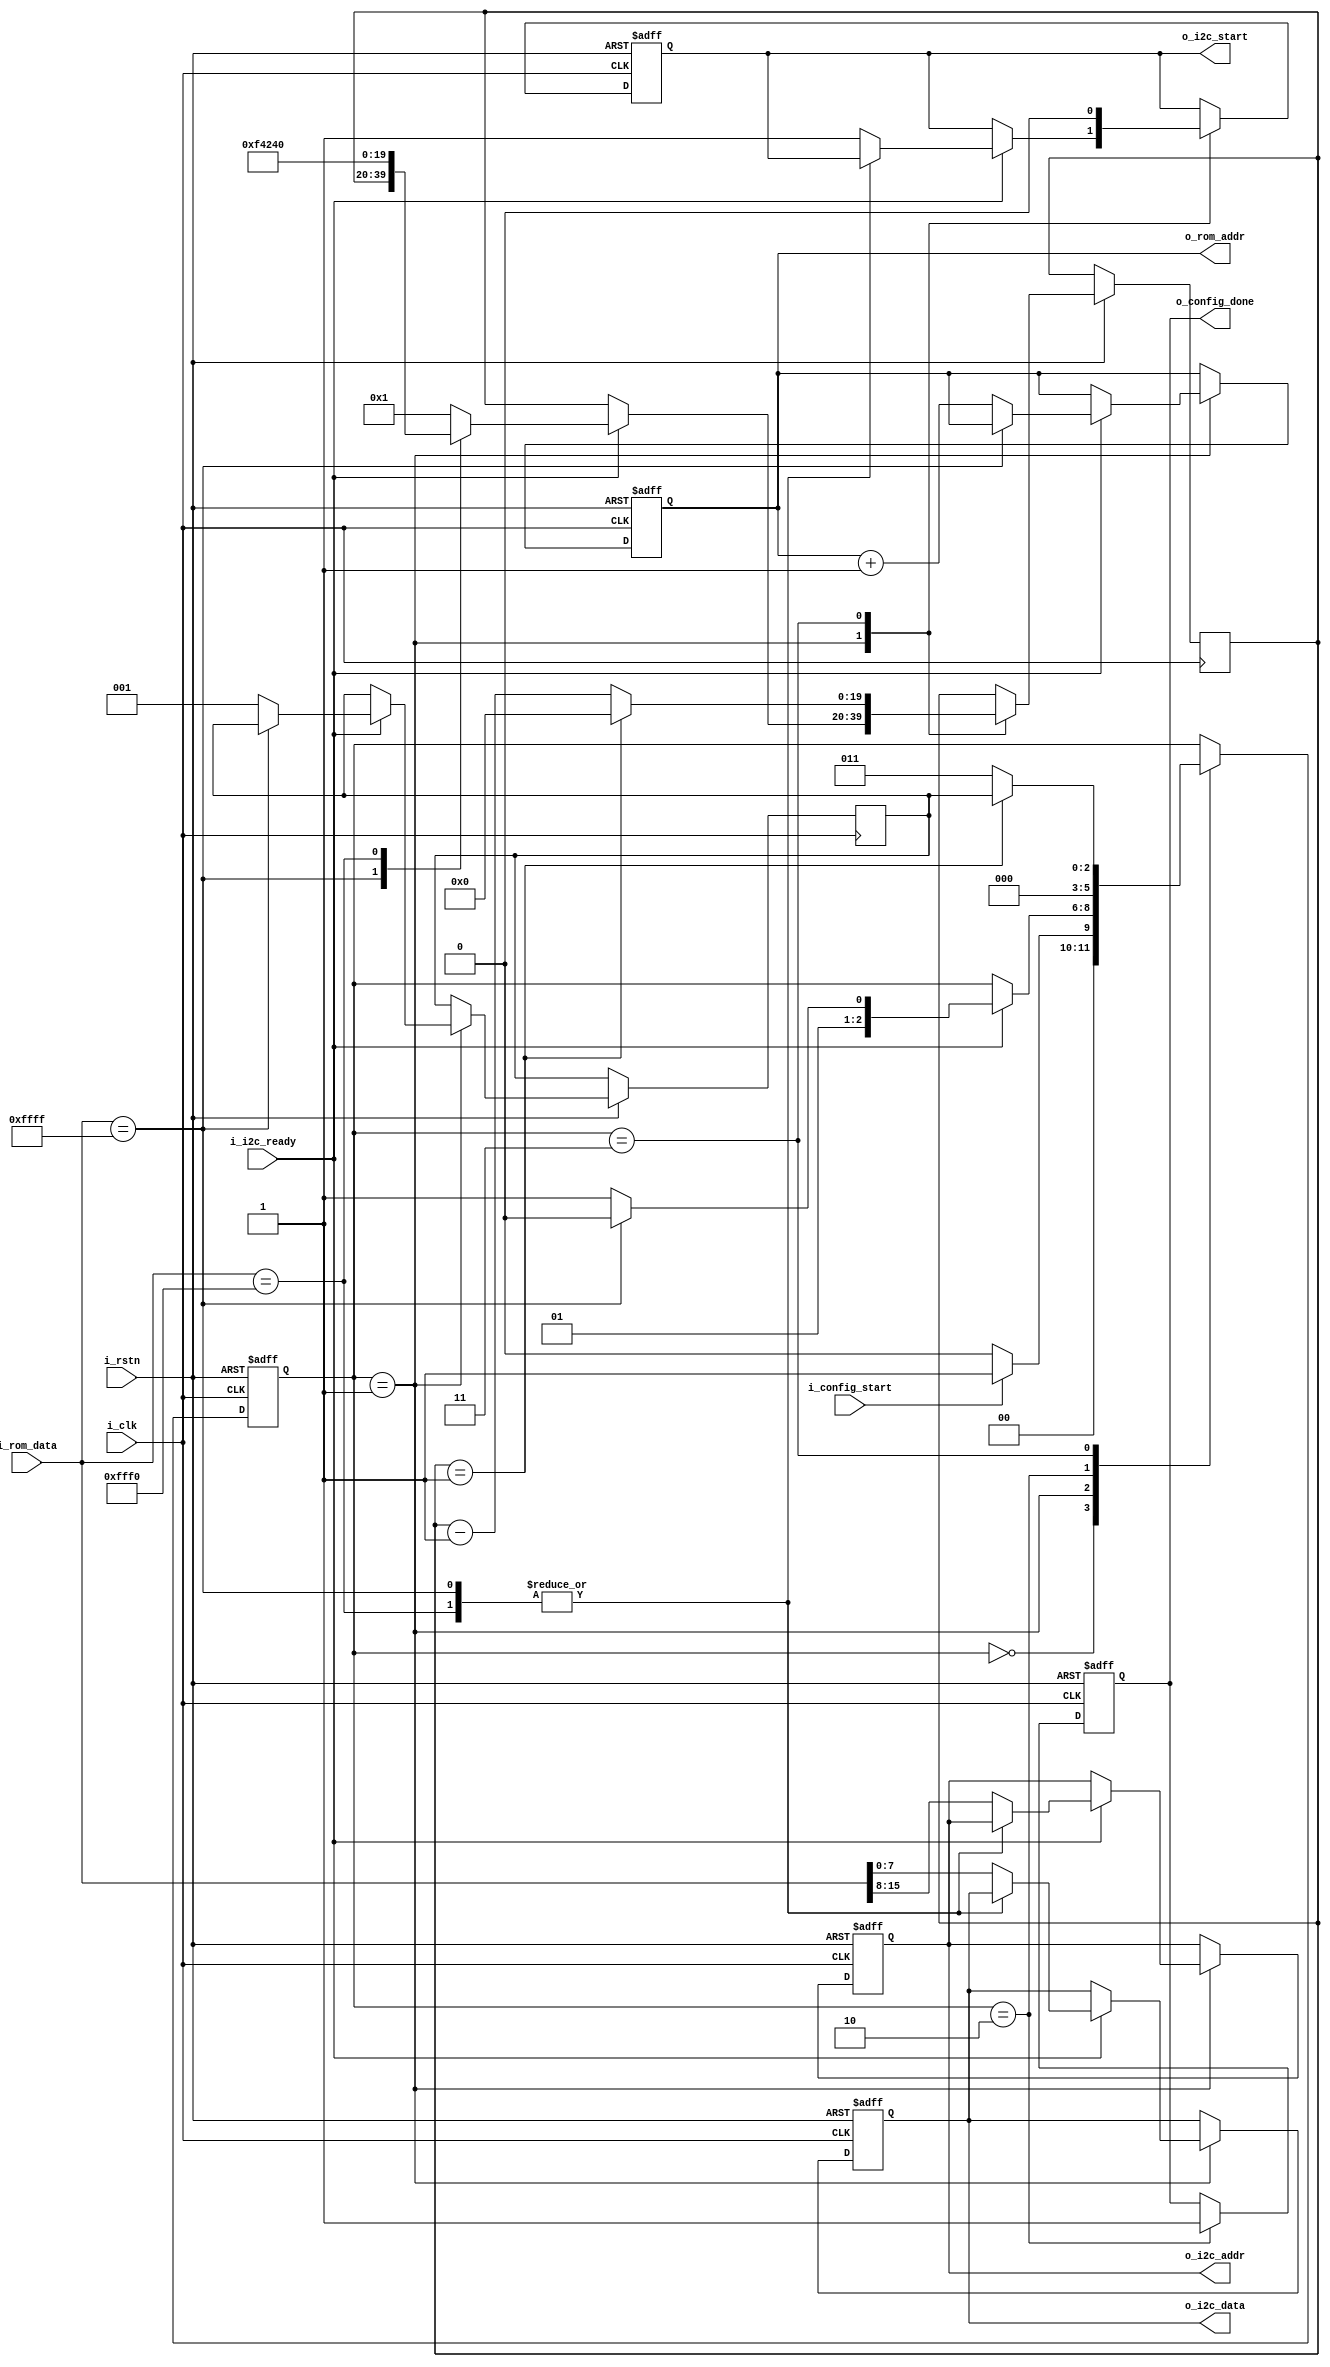
`timescale 1ns / 1ps
`default_nettype none

/*
 *  Begins sending cam rom to sccb_master after
 *  i_config_start button is asserted and sccb_master is ready (first state)
 *
 *  creates a delay using a timer, which is used after sending data to  
 *  reset sccb registers
 *  
 *  signal a cam initalization done signal for modules downstream
 *
 */

module cam_config
#(parameter CLK_F = 100_000_000)
    (   input wire          i_clk,
        input wire          i_rstn,
        input wire          i_i2c_ready,
        input wire          i_config_start,
        input wire [15:0]   i_rom_data, 
        output reg [7:0]    o_rom_addr,
        output reg          o_i2c_start, 
        output reg [7:0]    o_i2c_addr,
        output reg [7:0]    o_i2c_data,
        output reg          o_config_done
    );
    
    localparam ten_ms_delay  = (CLK_F * 10) / 1000;
    localparam timer_size    =  $clog2(ten_ms_delay);
    reg [timer_size - 1: 0] timer;
    
    localparam SM_IDLE  = 0;
    localparam SM_SEND  = 1;
    localparam SM_DONE  = 2;
    localparam SM_TIMER = 3;

    reg [2:0] SM_state;
    reg [2:0] SM_return_state;
    reg [1:0] byte_index; 
    
    always @(posedge i_clk or negedge i_rstn)
        begin
            if(!i_rstn) begin
                    o_config_done <= 0;
                    byte_index    <= 0; 
                    o_rom_addr    <= 0;
                    o_i2c_addr    <= 0; 
                    o_i2c_start   <= 0;
                    o_i2c_data    <= 0; 
                    SM_state      <= SM_IDLE;
                end
            else begin
                case(SM_state)
                    SM_IDLE: 
                        begin
                            SM_state <= (i_config_start) ? SM_SEND : SM_IDLE;                        
                        end 
                    SM_SEND:
                        begin
                            if(i_i2c_ready)
                                case(i_rom_data)
                                16'hFF_FF: SM_state <= SM_DONE;
                                16'hFF_F0: begin
                                                SM_state          <= SM_TIMER;
                                                SM_return_state   <= SM_SEND;
                                                timer             <= ten_ms_delay;
                                                o_rom_addr        <= o_rom_addr + 1;
                                           end 
                                default: 
                                        begin 
                                            SM_state        <= SM_TIMER;
                                            SM_return_state <= SM_SEND; 
                                            timer           <= 1;                             
                                            o_i2c_start     <= 1;                                        
                                            o_i2c_addr      <= i_rom_data[15:8]; 
                                            o_i2c_data      <= i_rom_data[7:0];
                                            o_rom_addr      <= o_rom_addr + 1; 
                                        end  
                                endcase 
                        end 
                    SM_DONE:
                        begin
                            SM_state        <= SM_IDLE;
                            o_config_done   <= 1; 
                        end
                    SM_TIMER:
                        begin
                            SM_state    <= (timer == 1) ? SM_return_state : SM_TIMER;
                            timer       <= (timer == 1) ?        0        : timer - 1; 
                            o_i2c_start <= 0;      
                        end  
                endcase
            end   
        end 
           
endmodule